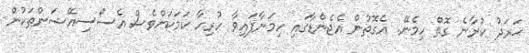
ޚަރަދު ކުރާނެ ގޮތް ހިމެނޭ. އެގޮތުން އެޖެންޑާގައި ހިމަނާފައިވާ ހުރިހާ ކަމަކަށްވެސް އެސޯސިއޭޝަންތަކުން